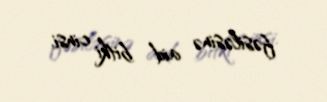
fəsiləsinə aid bitki cinsi.